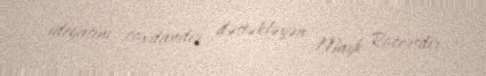
ideyasını çoxdandır dəstəkləyən Mayk Rocersdir.